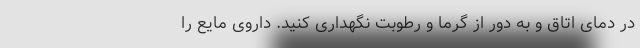
در دمای اتاق و به دور از گرما و رطوبت نگهداری کنید. داروی مایع را